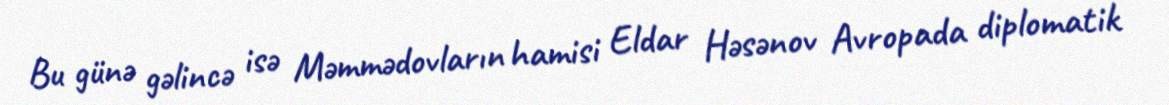
Bu günə gəlincə isə Məmmədovların hamisi Eldar Həsənov Avropada diplomatik